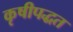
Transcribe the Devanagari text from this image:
कृषीपद्धत